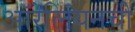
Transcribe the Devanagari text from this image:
ऑरेलियनची